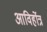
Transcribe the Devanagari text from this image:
आविर्होत्र